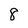
Character: 8